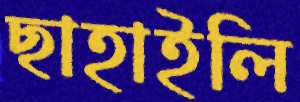
ছাহাইলি